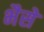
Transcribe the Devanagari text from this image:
भैसे